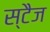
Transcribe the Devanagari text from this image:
स्टैज